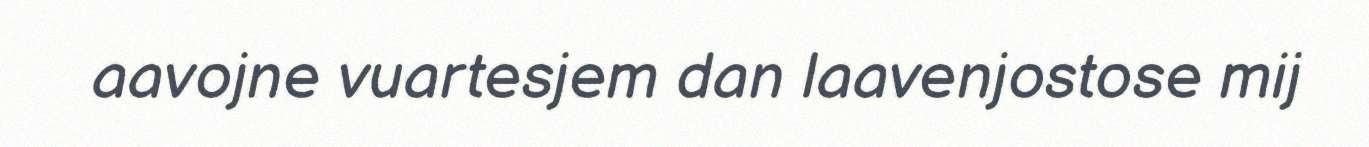
aavojne vuartesjem dan laavenjostose mij